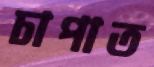
চাপাত